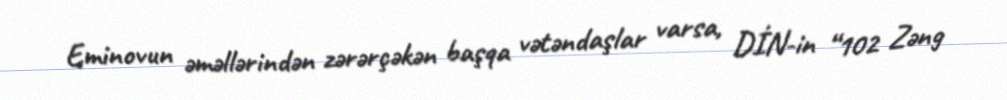
Eminovun əməllərindən zərərçəkən başqa vətəndaşlar varsa, DİN-in “102 Zəng